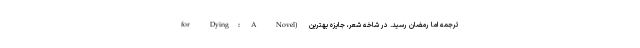
for Dying: A Novel) ترجمه اما رمضان رسید. در شاخه شعر، جایزه بهترین